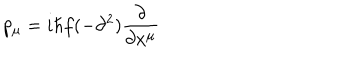
LaTeX: p _ { \mu } = i \hbar f ( - \partial ^ { 2 } ) \frac { \partial } { \partial x ^ { \mu } }